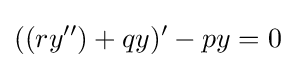
((ry'')+qy)'-py=0